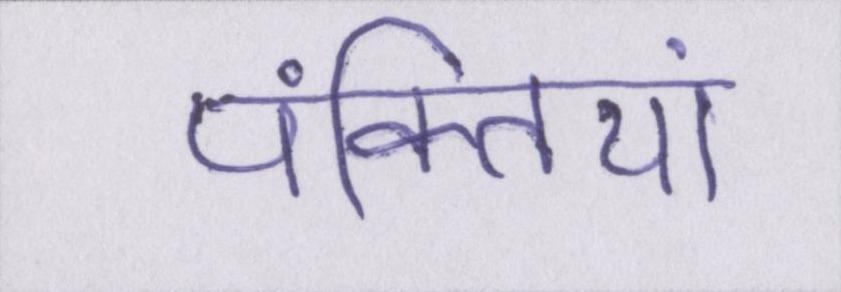
पंक्तियां